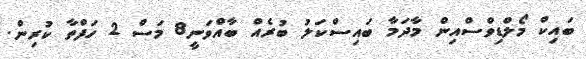
ބައިކް މޯލްޑިވްސްއިން މާދަމާ ބައިސްކަލު ބުރެއް ބާއްވަނީ8 މަސް 2 ހަފްތާ ކުރިން.